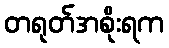
တရုတ်အစိုးရက